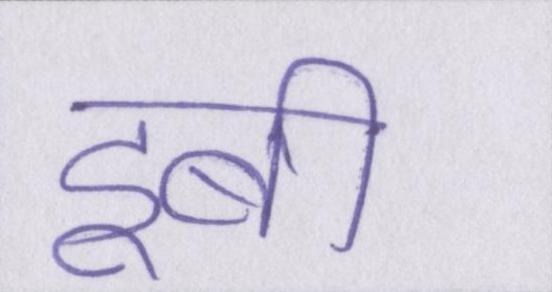
डूबी